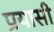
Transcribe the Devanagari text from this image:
प्रयासी